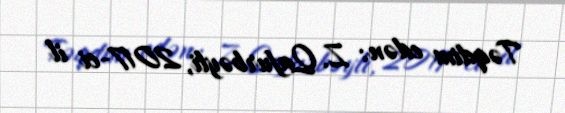
Təqdim edən: Z. Qafurbəyli, 2017-ci il